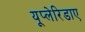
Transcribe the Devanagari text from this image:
यूप्लेरिडाए